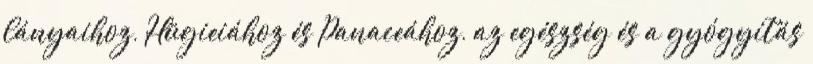
lányaihoz, Hügieiához és Panaceához, az egészség és a gyógyítás